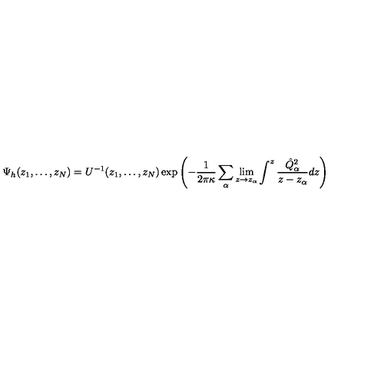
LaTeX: \Psi _ { h } ( z _ { 1 } , \dots , z _ { N } ) = U ^ { - 1 } ( z _ { 1 } , \dots , z _ { N } ) \exp \left( - { \frac { 1 } { 2 \pi \kappa } } \sum _ { \alpha } \lim _ { z \rightarrow z _ { \alpha } } \int ^ { z } { \frac { \hat { Q } _ { \alpha } ^ { 2 } } { z - z _ { \alpha } } } d z \right)